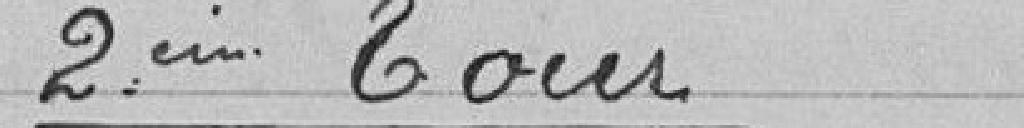
2ème tour